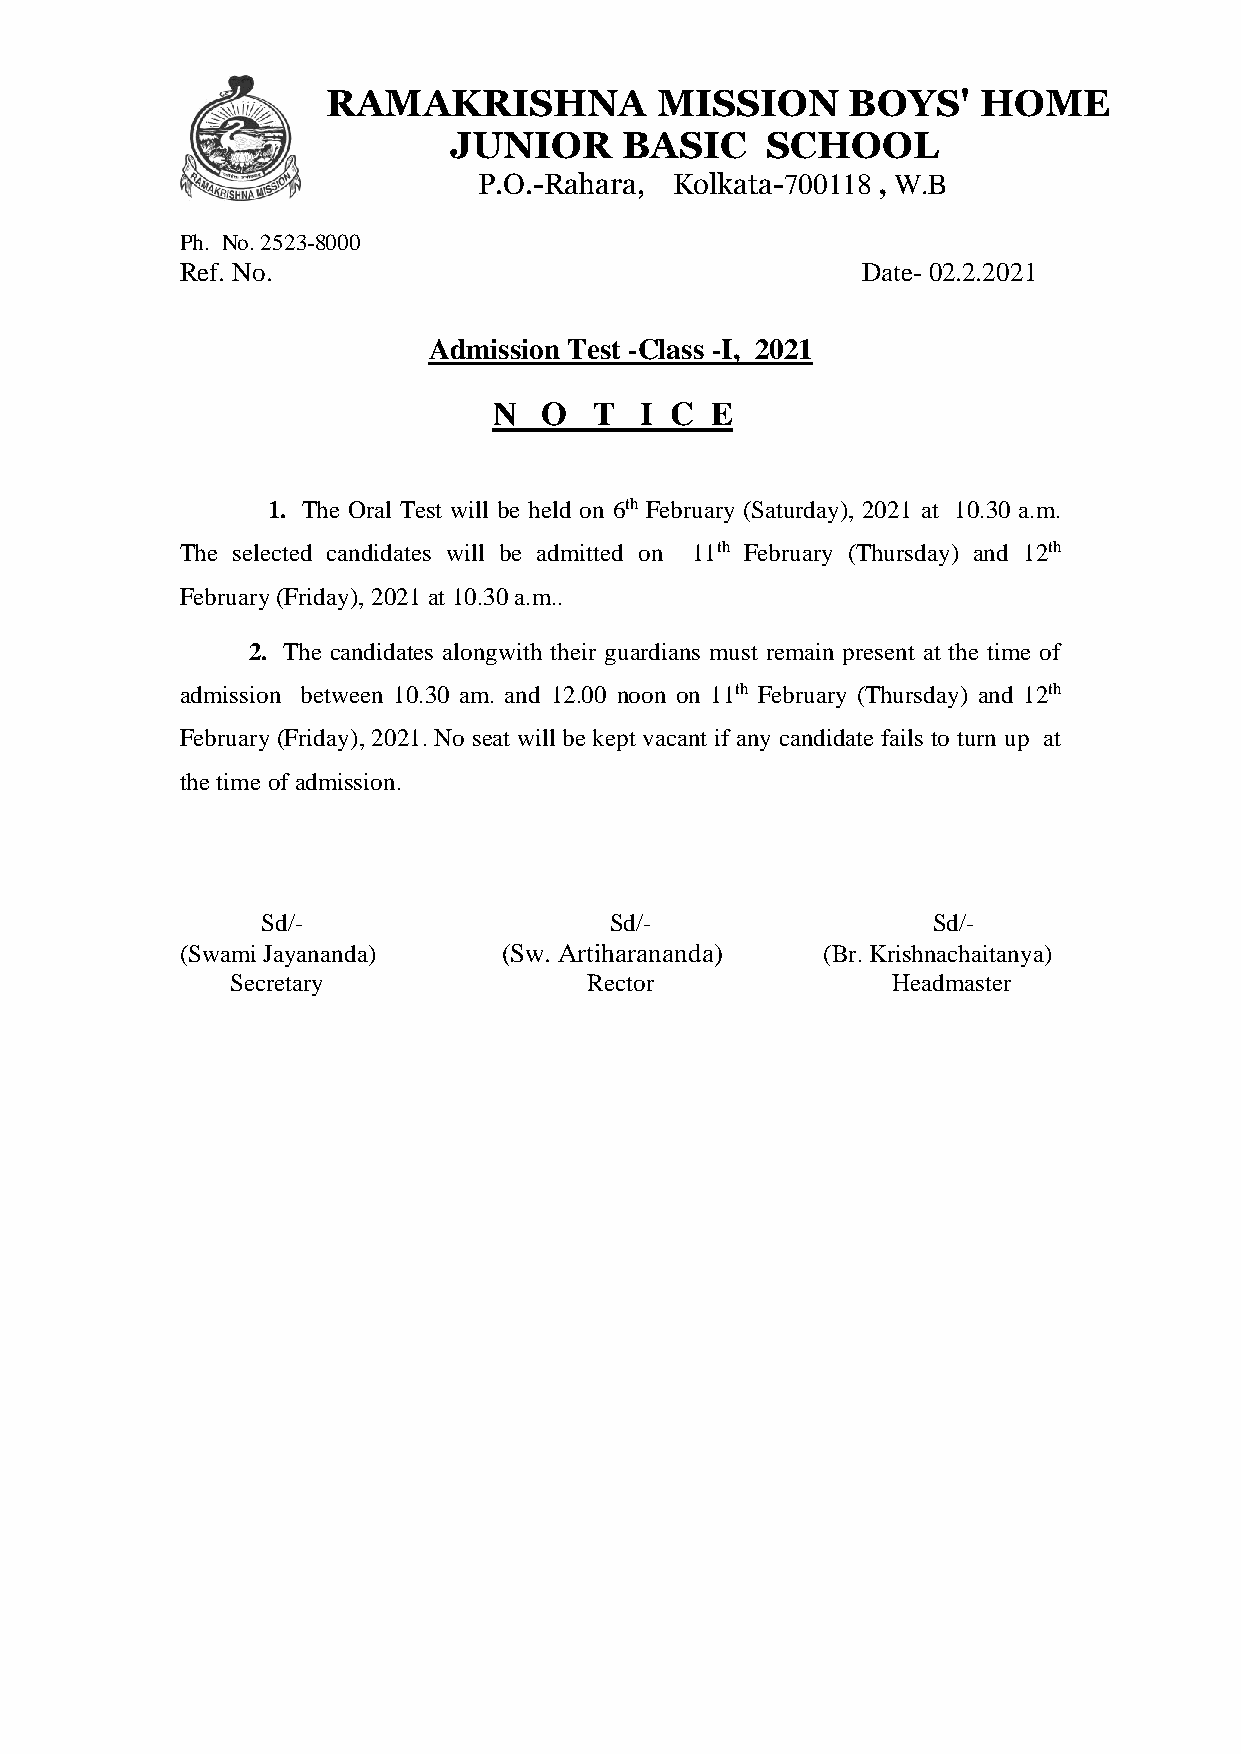
RAMAKRISHNA          MISSION      BOYS'    HOME
 JUNIOR     BASIC     SCHOOL
 P.O.-Rahara, Kolkata-700118 , W.B
 Ph. No. 2523-8000
 Ref. No.                                     Date- 02.2.2021
 Admission Test -Class -I, 2021
 N  O  T  I C  E
 1. The Oral Test will be held on 6th February (Saturday), 2021 at 10.30 a.m.
 The selected candidates will be admitted on 11th February (Thursday) and 12th
 February (Friday), 2021 at 10.30 a.m..
 2. The candidates alongwith their guardians must remain present at the time of
 admission between 10.30 am. and 12.00 noon on 11th February (Thursday) and 12th
 February (Friday), 2021. No seat will be kept vacant if any candidate fails to turn up at
 the time of admission.
 Sd/-                   Sd/-                  Sd/-
 (Swami Jayananda)    (Sw. Artiharananda)  (Br. Krishnachaitanya)
 Secretary               Rector              Headmaster